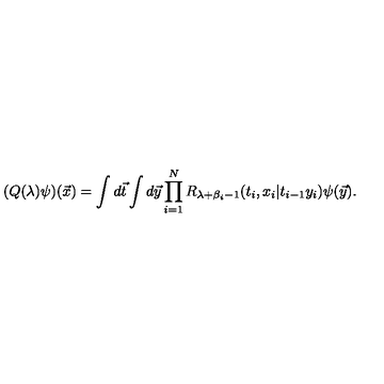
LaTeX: ( Q ( \lambda ) \psi ) ( { \vec { x } } ) = \int d { \vec { t } } \int d { \vec { y } } \prod _ { i = 1 } ^ { N } R _ { \lambda + \beta _ { i } - 1 } ( t _ { i } , x _ { i } | t _ { i - 1 } y _ { i } ) \psi ( { \vec { y } } ) .